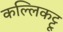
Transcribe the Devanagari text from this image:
कल्लिकट्टू